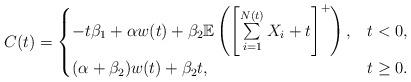
LaTeX: \begin{align*} C(t)= \begin{cases} -t \beta_1 +\alpha w(t) + \beta_2 \mathbb{E}\left(\left[\sum\limits_{i=1}^{N(t)}X_i+t\right]^+\right), & t<0, \\ (\alpha +\beta_2)w(t) + \beta_2 t, &t\geq 0. \end{cases}\end{align*}